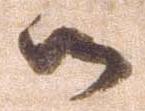
御